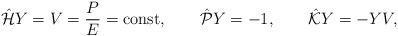
\begin{align*}\hat{\cal H}Y=V=\frac{P}{E}={\rm const},\qquad\hat{\cal P}Y=-1,\qquad\hat{\cal K}Y=-YV, \end{align*}